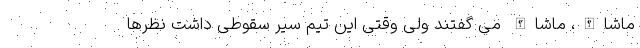
ماشاالله، ماشاالله می گفتند ولی وقتی این تیم سیر سقوطی داشت نظرها